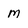
Character: M